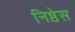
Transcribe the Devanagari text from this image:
निष्ठेस